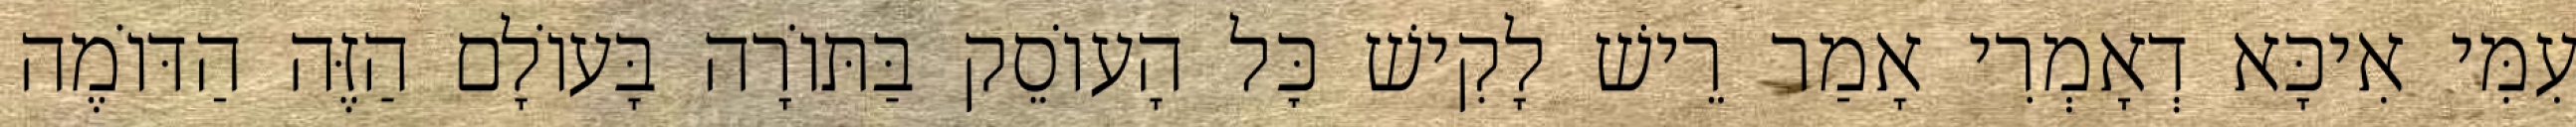
עִמִּי אִיכָּא דְאָמְרִי אָמַר רֵישׁ לָקִישׁ כׇּל הָעוֹסֵק בַּתּוֹרָה בָּעוֹלָם הַזֶּה הַדּוֹמֶה